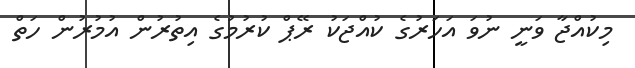
މިކުއްޖާ ވަނީ ނުވަ އަހަރުގެ ކުއްޖަކު ރޭޕް ކުރުމުގެ އިތުރުން އުމުރުން ހަތް